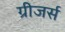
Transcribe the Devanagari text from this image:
ग्रीजर्स